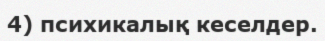
4) психикалық кеселдер.